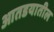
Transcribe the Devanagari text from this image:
आतडयातील